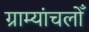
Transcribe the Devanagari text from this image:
ग्राम्यांचलोँ